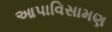
આપાવિસામણ